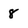
Character: 8